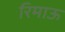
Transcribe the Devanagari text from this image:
रिमाऊ